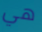
هي